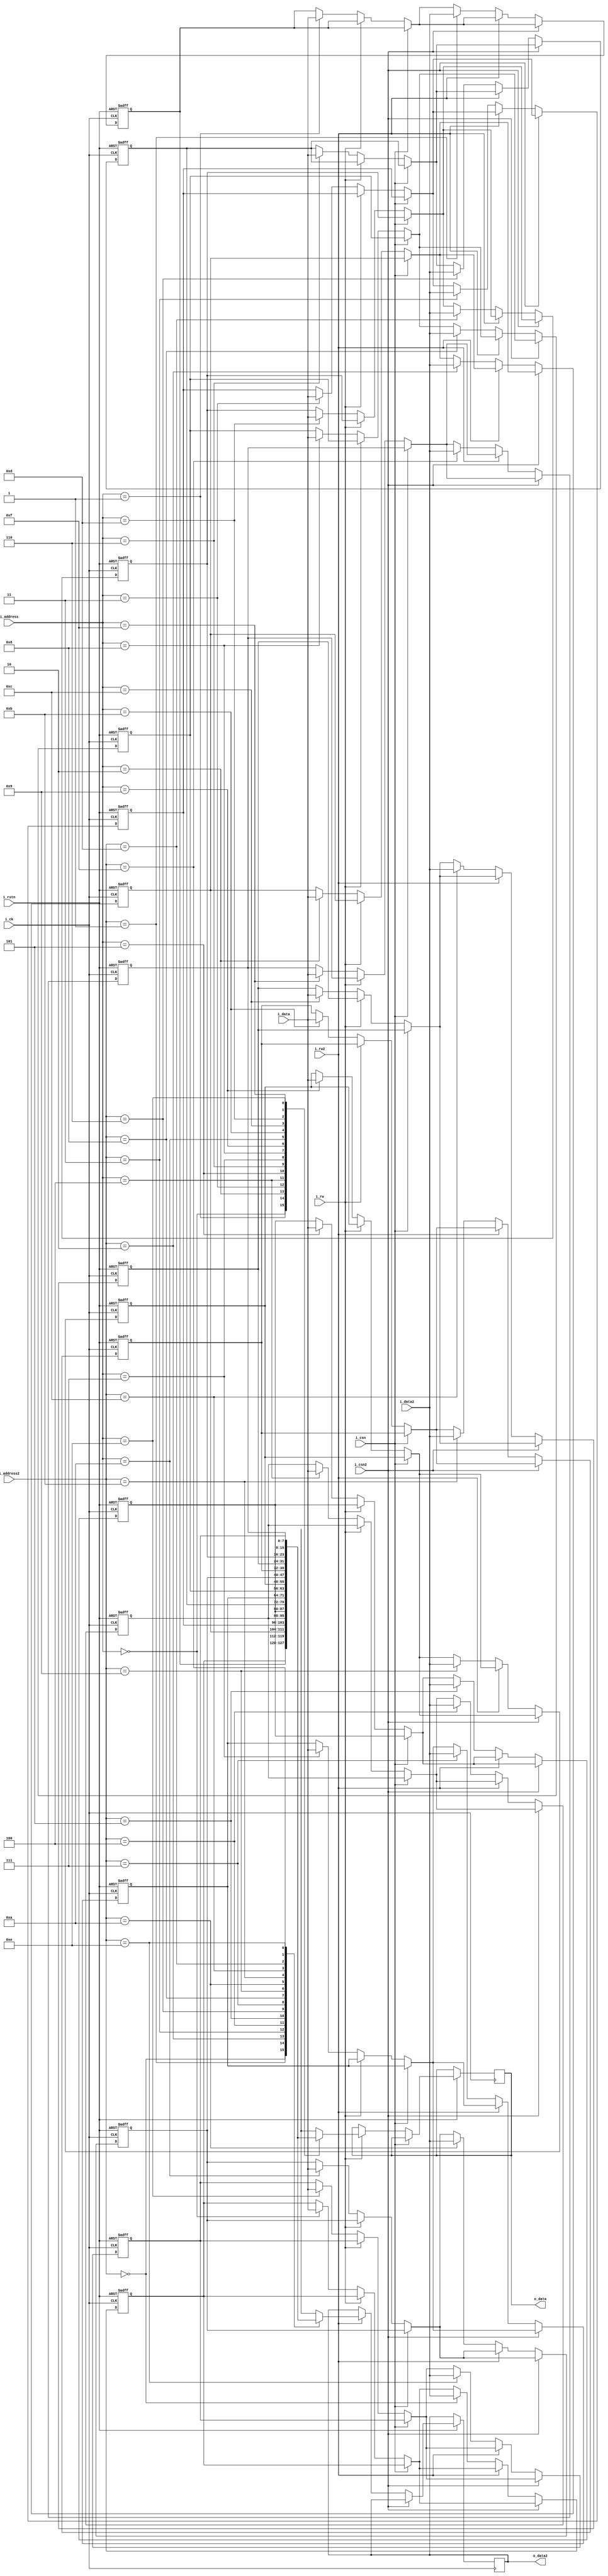
module dram(
	i_rstn,
	i_ck,
	i_rw,
	i_csn,
	i_address,
	i_data,
	o_data,
	
	i_rw2,
	i_csn2,
	i_address2,
	i_data2,
	o_data2	
);

input i_rstn;
input i_ck;
input i_rw; //0:write, 1:read
input i_csn; //0:chip select, 1:chip deselect
input [3:0] i_address;
input [7:0] i_data;
output [7:0] o_data;
reg [7:0] o_data;

input i_rw2; //0:write, 1:read
input i_csn2; //0:chip select, 1:chip deselect
input [3:0] i_address2;
input [7:0] i_data2;
output [7:0] o_data2;
reg [7:0] o_data2;


reg [7:0] DATA[15:0]; //32 number 8bit register

always @(negedge i_rstn or negedge i_ck) begin
	if (!i_rstn) begin
		DATA[0] <= 8'h0;
		DATA[1] <= 8'h0;
		DATA[2] <= 8'h0;
		DATA[3] <= 8'h0;
		DATA[4] <= 8'h0;
		DATA[5] <= 8'h0;
		DATA[6] <= 8'h0;
		DATA[7] <= 8'h0;
		DATA[8] <= 8'h0;
		DATA[9] <= 8'h0;
		DATA[10] <= 8'h0;
		DATA[11] <= 8'h0;
		DATA[12] <= 8'h0;
		DATA[13] <= 8'h0;
		DATA[14] <= 8'h0;
		DATA[15] <= 8'h0;
	end else begin
		if (!i_csn) begin
			if (!i_rw)
				DATA[i_address] <= i_data;
			else
				o_data <= DATA[i_address];
		end
		if (!i_csn2) begin
			if (!i_rw2)
				DATA[i_address2] <= i_data2;
			else
				o_data2 <= DATA[i_address2];
		end
	end
end
endmodule